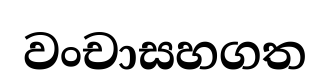
වංචාසහගත